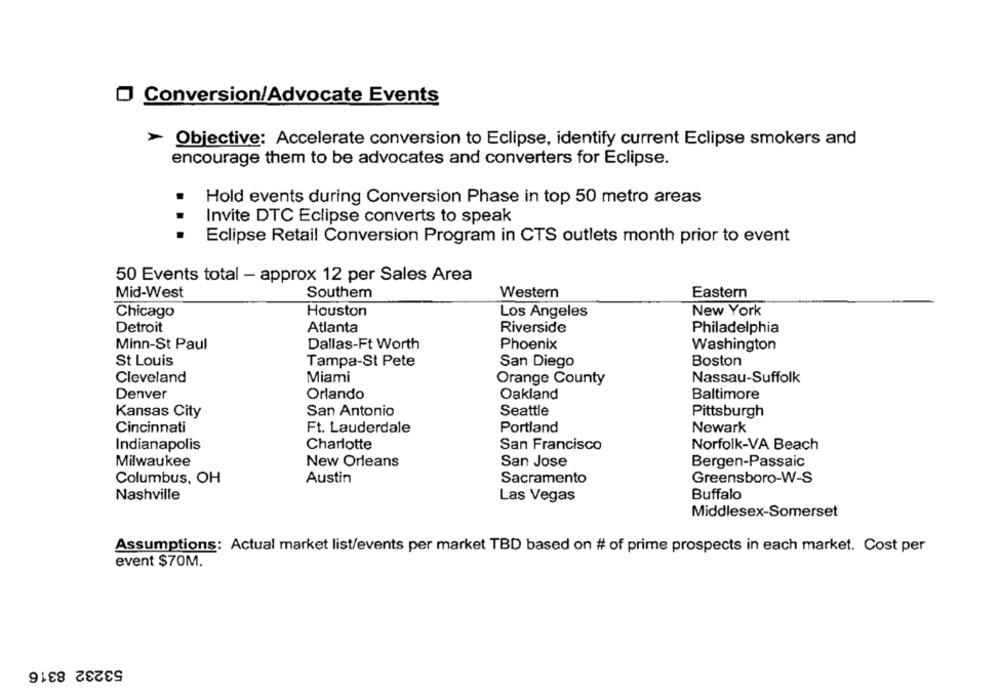
Conversion/Advocate Events
> Objective: Accelerate conversion to Eclipse, identify current Eclipse smokers and
encourage them to be advocates and converters for Eclipse.
Hold events during Conversion Phase in top 50 metro areas
Invite DTC Eclipse converts to speak
...
Eclipse Retail Conversion Program in CTS outlets month prior to event
50 Events total - approx 12 per Sales Area
Mid-West
Southern
Western
Eastern
Houston
Chicago
Los Angeles
New York
Detroit
Atlanta
Riverside
Philadelphia
Minn-St Paul
Dallas-Ft Worth
Phoenix
Washington
St Louis
Tampa-St Pete
San Diego
Boston
Cleveland
Miami
Orange County
Nassau-Suffolk
Oakland
Denver
Orlando
Baltimore
Kansas City
San Antonio
Seattle
Pittsburgh
Cincinnati
Ft. Lauderdale
Portland
Newark
Indianapolis
Charlotte
San Francisco
Norfolk-VA Beach
Milwaukee
New Orleans
San Jose
Bergen-Passaic
Columbus, OH
Austin
Sacramento
Greensboro-W-S
Nashville
Las Vegas
Buffalo
Middlesex-Somerset
Assumptions: Actual market list/events per market TBD based on # of prime prospects in each market. Cost per
event $70M.
53232 8316